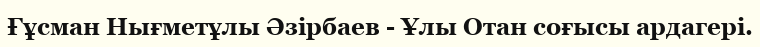
Ғұсман Нығметұлы Әзірбаев - Ұлы Отан соғысы ардагері.